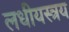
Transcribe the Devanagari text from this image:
लधीयस्त्रय